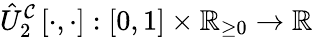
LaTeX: \hat{U}_{2}^{\mathcal{C}}\left[\cdot,\cdot\right]:\left[0,1\right]\times\mathbb{R}_{\ge 0}\rightarrow\mathbb{R}